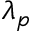
\lambda _ { p }